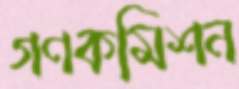
গণকমিশন